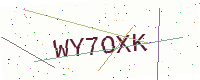
Text: WY7OXK